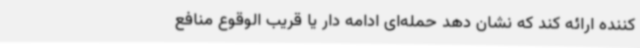
کننده ارائه کند که نشان دهد حمله‌ای ادامه دار یا قریب الوقوع منافع